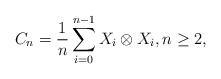
LaTeX: \begin{align*}C_n = \frac{1}{n} \displaystyle \sum_{i=0}^{n-1} X_i \otimes X_i,n \geq 2, \end{align*}